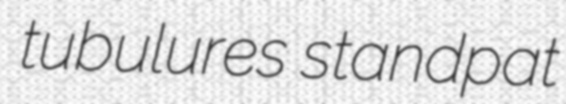
tubulures standpat